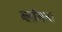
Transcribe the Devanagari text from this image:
ब्लॉगना